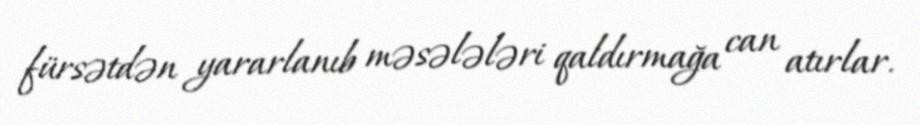
fürsətdən yararlanıb məsələləri qaldırmağa can atırlar.